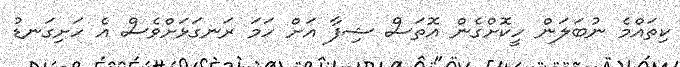
ކިތައްމެ ނުބަލަން ހީކޮށްގެން އޮތަސް ޝިފާ އަށް ހަމަ ރަނގަޅަށްވެސް އެ ހަށިގަނޑު